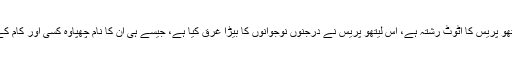
اردو ادب اور لیتھو پریس کا اٹوٹ رشتہ ہے، اس لیتھو پریس نے درجنوں نوجوانوں کا بیڑا غرق کیا ہے، جیسے ہی ان کا نام چھپاوہ کسی اور کام کے قابل نہ ر ہے۔